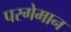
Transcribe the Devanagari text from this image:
परगेमान